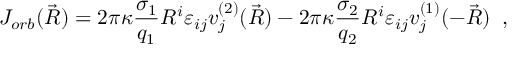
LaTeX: J _ { o r b } ( \vec { R } ) = 2 \pi \kappa \frac { \sigma _ { 1 } } { q _ { 1 } } R ^ { i } \varepsilon _ { i j } v _ { j } ^ { ( 2 ) } ( \vec { R } ) - 2 \pi \kappa \frac { \sigma _ { 2 } } { q _ { 2 } } R ^ { i } \varepsilon _ { i j } v _ { j } ^ { ( 1 ) } ( - \vec { R } ) \; \; ,